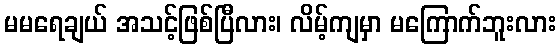
မမရေချယ် အသင့်ဖြစ်ပြီလား၊ လိမ့်ကျမှာ မကြောက်ဘူးလား